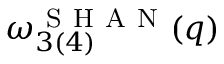
\omega _ { 3 ( 4 ) } ^ { \mathrm { ~ S ~ H ~ A ~ N ~ } } ( q )